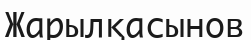
Жарылқасынов